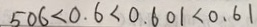
5 0 6 < 0 . 6 < 0 . 6 0 1 < 0 . 6 1